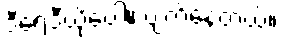
ဒီရေဒီယိုပေါ့။ ပျက်နေတယ်။